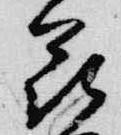
花